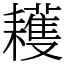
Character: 耯